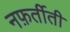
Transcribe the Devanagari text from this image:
नफ़र्तीती